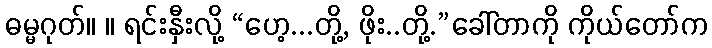
ဓမ္မဂုတ်။ ။ ရင်းနှီးလို့ “ဟေ့...တို့, ဖိုး..တို့.”ခေါ်တာကို ကိုယ်တော်က